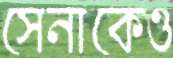
সেনাকেও